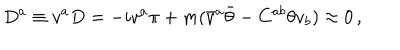
D ^ { a } \equiv v ^ { a } D = - i v ^ { a } \pi + m ( \bar { v } ^ { a } \bar { \theta } - C ^ { a b } \theta v _ { b } ) \approx 0 \, ,